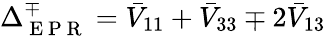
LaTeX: \Delta_{\mathrm{~E~P~R~}}^{\mp}=\bar{V}_{11}+\bar{V}_{33}\mp 2\bar{V}_{13}